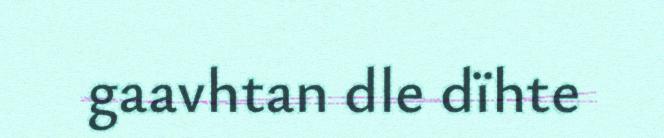
gaavhtan dle dïhte